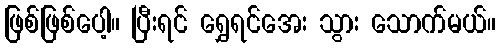
ဖြစ်ဖြစ်ပေါ့။ ပြီးရင် ရွှေရင်အေး သွား သောက်မယ်။